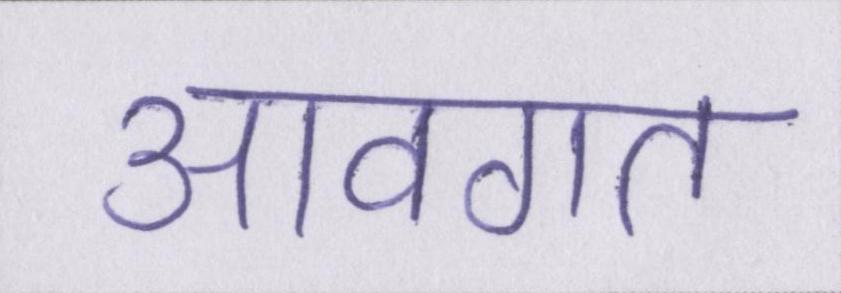
आवगत